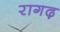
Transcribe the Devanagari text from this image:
रागढ़